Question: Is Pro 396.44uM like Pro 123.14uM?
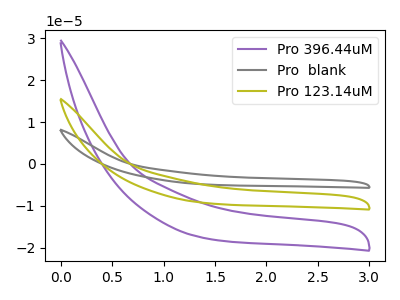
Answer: <think>The purple curve "Pro 396.44uM" has no peaks. The gray curve "Pro  blank" has no peaks. The olive curve "Pro 123.14uM" has no peaks.
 Neither "Pro 396.44uM" or "Pro 123.14uM" have any peaks.</think>
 <answer>"Pro 396.44uM" and "Pro 123.14uM" are similar in shape.</answer>
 <eval>same_shape</eval>